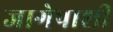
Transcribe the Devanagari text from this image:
जागेपाशी